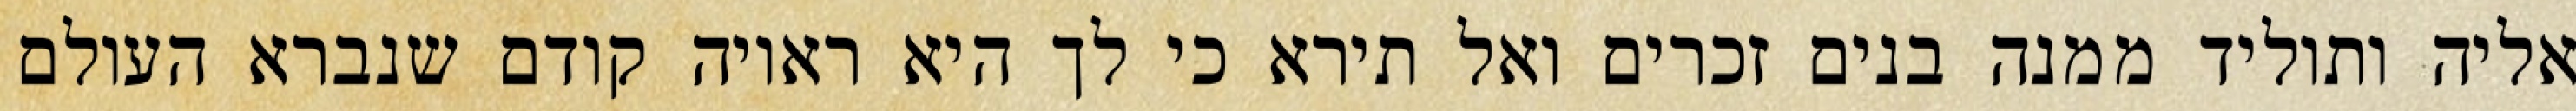
אליה ותוליד ממנה בנים זכרים ואל תירא כי לך היא ראויה קודם שנברא העולם